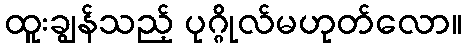
ထူးချွန်သည့် ပုဂ္ဂိုလ်မဟုတ်လော။